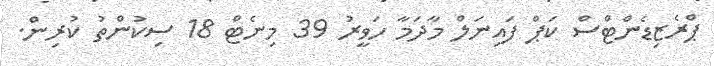
ޕްރެޒިޑެންޓްސް ކަޕް ފައިނަލް މާދަމާ ހަވީރު 39 މިނެޓް 18 ސިކުންތު ކުރިން.